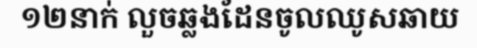
១២នាក់ លួចឆ្លងដែនចូលឈូសឆាយ